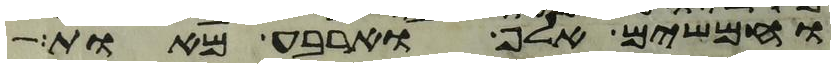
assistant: וחמשים אלף וארבע מאות